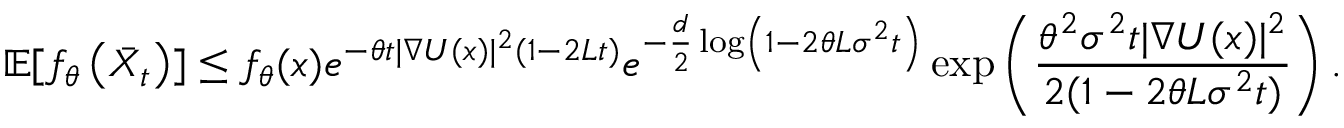
\mathbb { E } [ f _ { \theta } \left( \bar { X } _ { t } \right) ] \le f _ { \theta } ( x ) e ^ { - \theta t | \nabla U ( x ) | ^ { 2 } ( 1 - 2 L t ) } e ^ { - \frac { d } { 2 } \log \left( 1 - 2 \theta L \sigma ^ { 2 } t \right) } \exp \left( \frac { \theta ^ { 2 } \sigma ^ { 2 } t | \nabla U ( x ) | ^ { 2 } } { 2 ( 1 - 2 \theta L \sigma ^ { 2 } t ) } \right) .